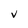
Character: V